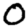
Digit: 0